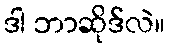
ဒါ ဘာဆိုဒ်လဲ။